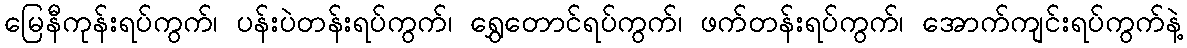
မြေနီကုန်းရပ်ကွက်၊ ပန်းပဲတန်းရပ်ကွက်၊ ရွှေတောင်ရပ်ကွက်၊ ဖက်တန်းရပ်ကွက်၊ အောက်ကျင်းရပ်ကွက်နဲ့